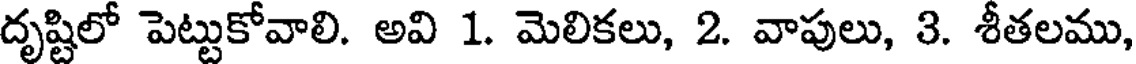
దృష్టిలో పెట్టుకోవాలి. అవి 1. మెలికలు, 2. వాపులు, 3. శీతలము,